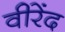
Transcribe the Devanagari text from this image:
वीरेंद